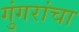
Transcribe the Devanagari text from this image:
गुंगरांचा